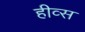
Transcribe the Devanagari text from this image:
हीव्स